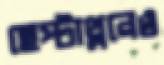
হেপ্টাথ্লনেও